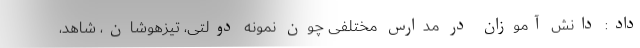
داد: دانش آموزان در مدارس مختلفی چون نمونه دولتی، تیزهوشان، شاهد،